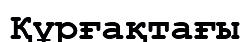
Құрғақтағы